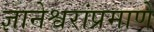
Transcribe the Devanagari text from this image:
ज्ञानेश्वरांप्रमाणे